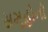
સમૂહોનો